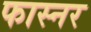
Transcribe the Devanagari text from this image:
फास्नर